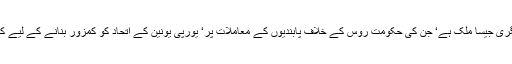
ایک مثال ہنگری جیسا ملک ہے‘ جن کی حکومت روس کے خلاف پابندیوں کے معاملات پر‘ یورپی یونین کے اتحاد کو کمزور بنانے کے لیے کام کرتی ہے۔